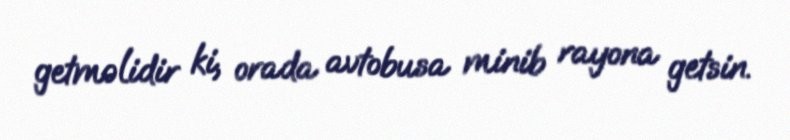
getməlidir ki, orada avtobusa minib rayona getsin.